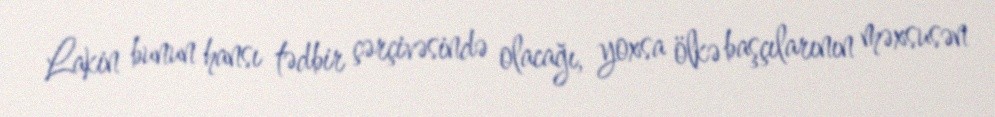
Lakin bunun hansı tədbir çərçivəsində olacağı, yoxsa ölkə başçılarının məxsusən